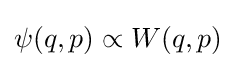
\psi (q,p)\propto W(q,p)